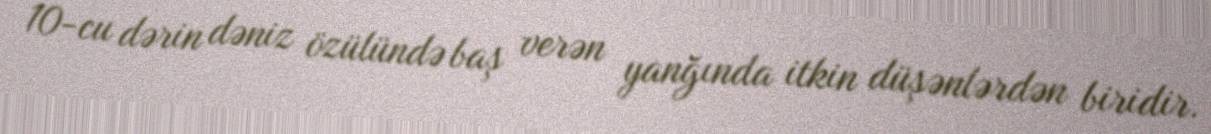
10-cu dərin dəniz özülündə baş verən yanğında itkin düşənlərdən biridir.